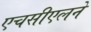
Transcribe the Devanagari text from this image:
एचसीएलने